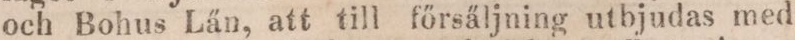
och Bohus Län, att till főrsäljning utbjudas med